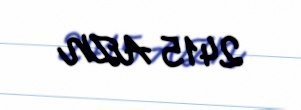
2415 AZN